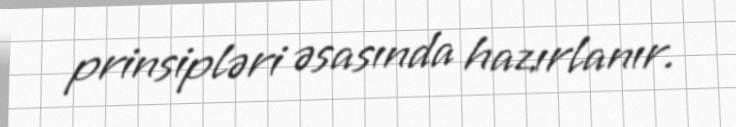
prinsipləri əsasında hazırlanır.